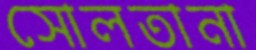
সোলতানা